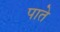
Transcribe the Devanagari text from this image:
पाते